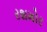
રશમોર